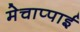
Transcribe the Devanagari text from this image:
मेचाप्पाई